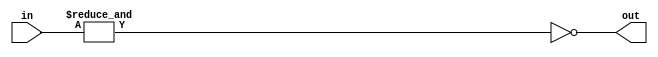
module f5_TECH_NAND18(input [17:0] in, output out);
assign out = ~(&in);
endmodule